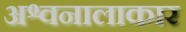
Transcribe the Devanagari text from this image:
अश्वनालाकार